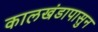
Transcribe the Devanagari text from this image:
कालखंडापासुन